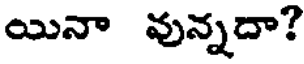
యినా వున్నదా?